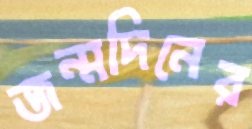
জন্মদিনের